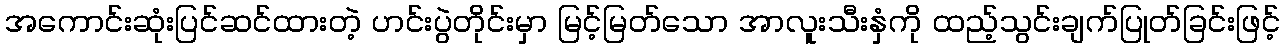
အကောင်းဆုံးပြင်ဆင်ထားတဲ့ ဟင်းပွဲတိုင်းမှာ မြင့်မြတ်သော အာလူးသီးနှံကို ထည့်သွင်းချက်ပြုတ်ခြင်းဖြင့်